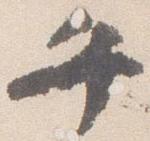
午